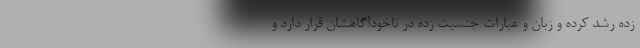
زده رشد کرده و زبان و عبارات جنسیت زده در ناخودآگاهشان قرار دارد و